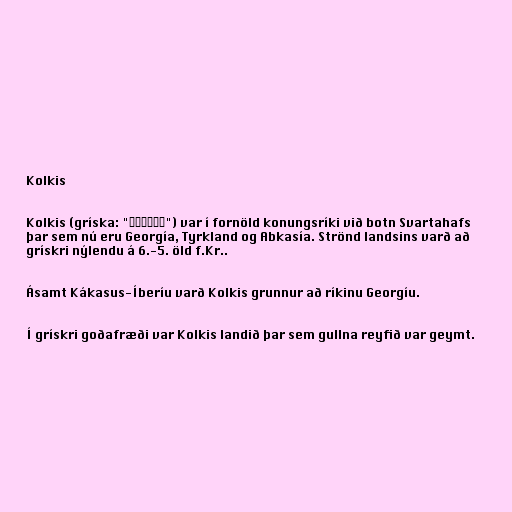
Kolkis

Kolkis (gríska: "Κολχίς") var í fornöld konungsríki við botn Svartahafs
þar sem nú eru Georgía, Tyrkland og Abkasía. Strönd landsins varð að
grískri nýlendu á 6.-5. öld f.Kr..

Ásamt Kákasus-Íberíu varð Kolkis grunnur að ríkinu Georgíu.

Í grískri goðafræði var Kolkis landið þar sem gullna reyfið var geymt.